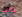
رغب